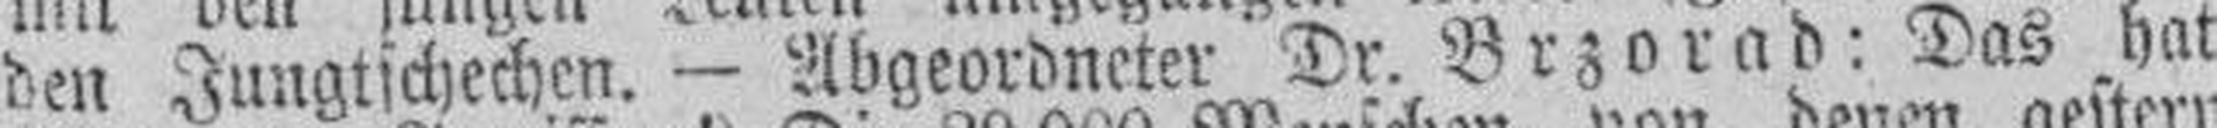
den Jungtschechen. — Abgeordneter Dr. Brzorad: Das hat